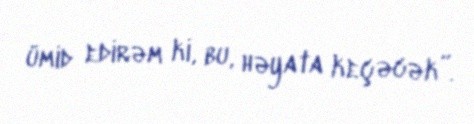
ümid edirəm ki, bu, həyata keçəcək”.